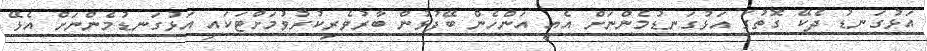
އަޅުގަނޑު ދެކޭ ގޮތުގަ އަޅުގަނޑުމެންނަށް އެއީ އަންހެން ބޭފުޅުން ބާރުވެރިކުރުވުމަށްޓަކައި އަޅުގަނޑުމެންނަށް އެޅޭ